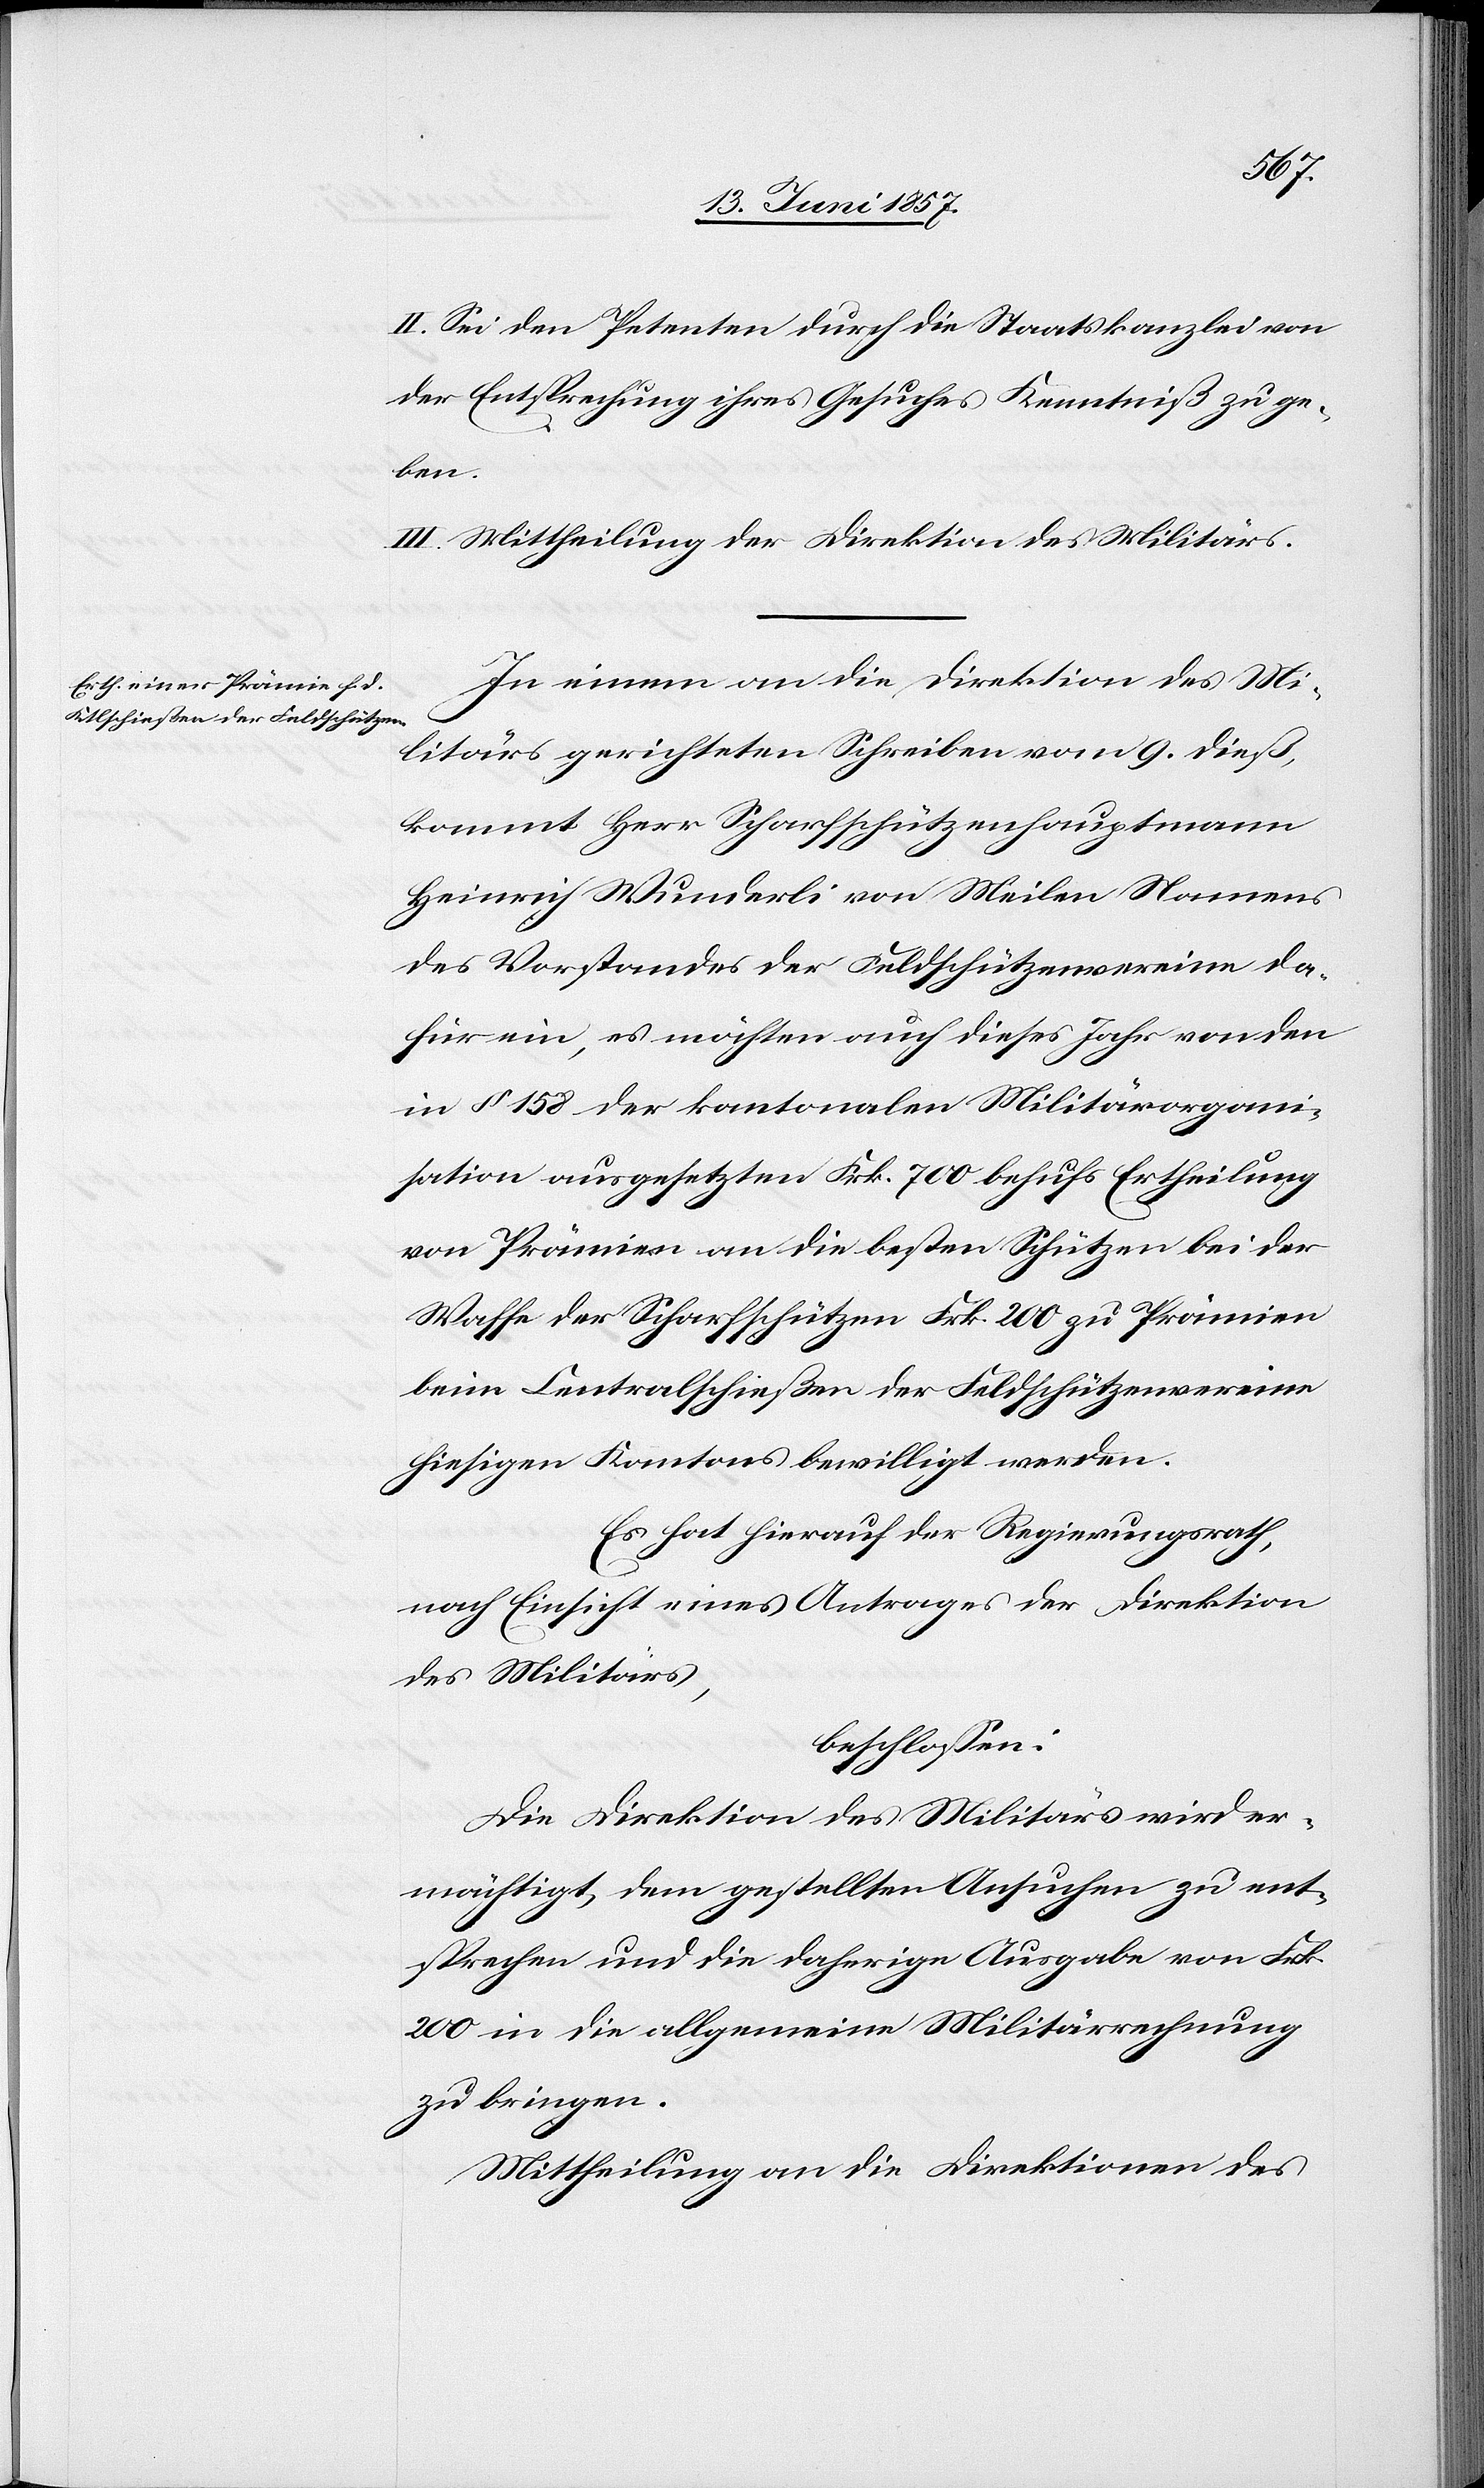
II. Sei den Petenten durch die Staatskanzlei von
der Entsprechung ihres Gesuches Kenntniß zu ge¬
ben.
III. Mittheilung der Direktion des Militärs.
In einem an die Direktion des Mi¬
litärs gerichteten Schreiben vom 9 dieß,
kommt Herr Scharfschützenhauptmann
Heinrich Wunderli von Meilen Namens
des Vorstandes der Feldschützenvereine da¬
für ein, es möchten auch dieses Jahr von den
in § 158 der kantonalen Militärorgani¬
sation ausgesetzten Frk. 700 behufs Ertheilung
von Prämien an die besten Schützen bei der
Waffe der Scharfschützen Frk. 200 zu Prämien
beim Centralschießen der Feldschützenvereine
hiesigen Kantons bewilligt werden.
Es hat hierauf der Regierungsrath,
nach Einsicht eines Antrages der Direktion
des Militärs,
beschlossen:
Die Direktion des Militärs wird er¬
mächtigt, dem gestellten Ansuchen zu ent¬
sprechen und die daherige Ausgabe von Frk.
200 in die allgemeine Militärrechnung
zu bringen.
Mittheilung an die Direktionen des